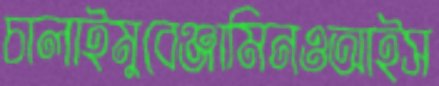
চালাইমুবেঞ্জামিনওআইস